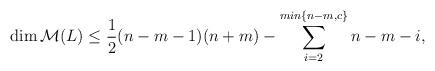
LaTeX: \begin{align*}\dim \mathcal{M}(L)\leq \frac{1}{2}(n-m-1)(n+m)-\sum\limits_{i=2}^ {min\lbrace n-m,c\rbrace} n-m-i,\end{align*}